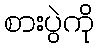
စားပွဲကို